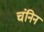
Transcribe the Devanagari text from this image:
चंनिन